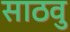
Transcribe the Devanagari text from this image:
साठवु